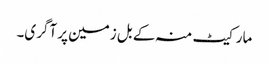
مارکیٹ منہ کے بل زمین پر آگری۔